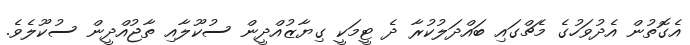
އެގޮތުން އެދުވަހުގެ މެޗްގައި ބައްދަލުކުރާ ދެ ޓީމަކީ ގިޔާޒުއްދީން ސުކޫލާއި ތާޖުއްދީން ސުކޫލެވެ.